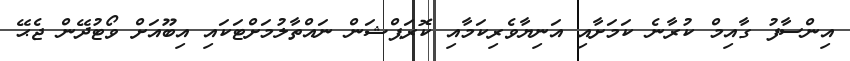
އިންސާފު ގާއިމް ކުރާނެ ކަމަށާއި އަނިޔާވެރިކަމާއި ކޮރަޕްޝަން ނައްތާލުމަށްޓަކައި އިބޫއަށް ވޯޓުދޭން ޖެޙޭ